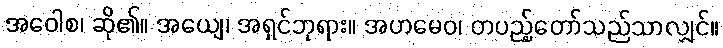
အဝေါစ၊ ဆို၏။ အယျေ၊ အရှင်ဘုရား။ အဟမေဝ၊ တပည့်တော်သည်သာလျှင်။